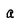
Character: a